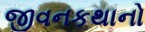
જીવનકથાનો